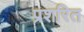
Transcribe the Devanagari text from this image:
प्रशरित